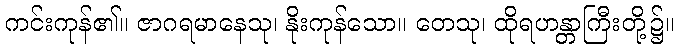
ကင်းကုန်၏။ ဇာဂရမာနေသု၊ နိုးကုန်သော။ တေသု၊ ထိုရဟန္တာကြီးတို့၌။